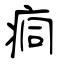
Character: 痌